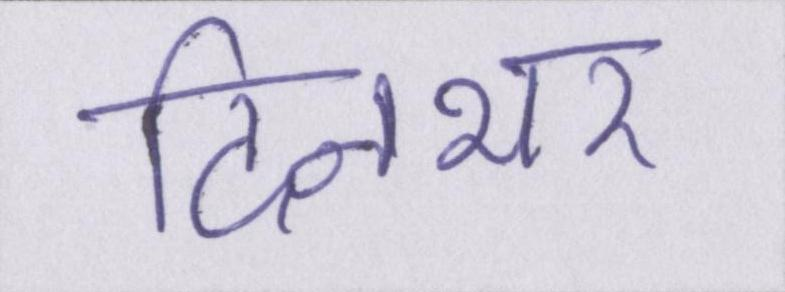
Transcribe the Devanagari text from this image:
दिनभर